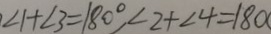
\angle 1 + \angle 3 = 1 8 0 ^ { \circ } , \angle 2 + \angle 4 = 1 8 0